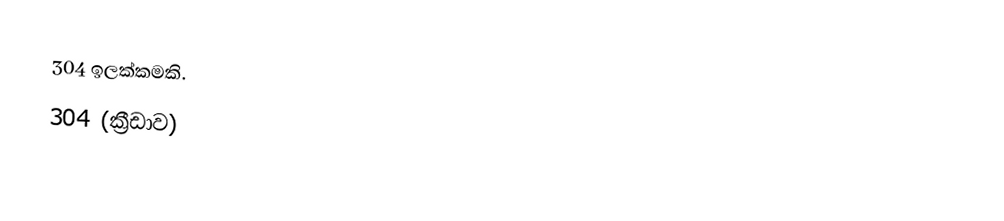
304 ඉලක්කමකි.
 304 (ක්‍රීඩාව)